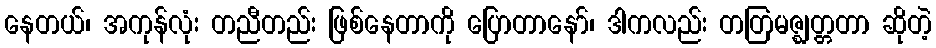
နေတယ်၊ အကုန်လုံး တညီတည်း ဖြစ်နေတာကို ပြောတာနော်၊ ဒါကလည်း တတြမဇ္ဈတ္တတာ ဆိုတဲ့